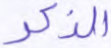
الذكر